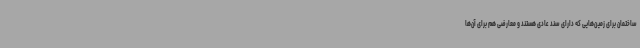
ساختمان برای زمین‌هایی که دارای سند عادی هستند و معارضی هم برای آن‌ها